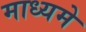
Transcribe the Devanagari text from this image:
माध्‍यमे